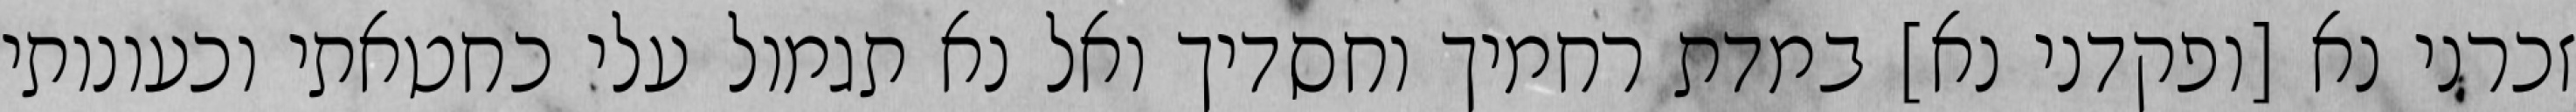
זכרני נא [ופקדני נא] במדת רחמיך וחסדיך ואל נא תגמול עלי כחטאתי וכעונותי